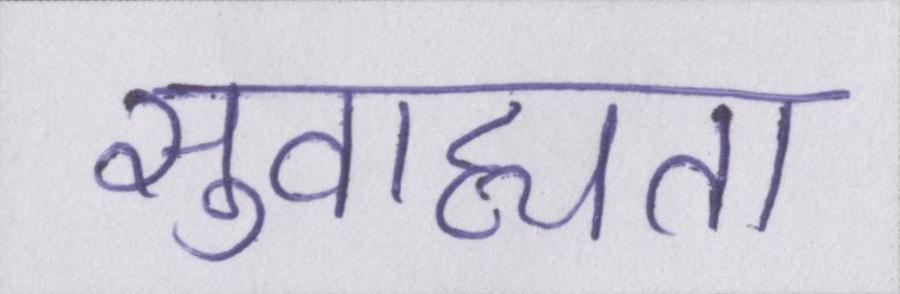
सुवाह्यता